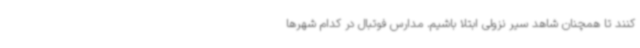
کنند تا همچنان شاهد سیر نزولی ابتلا باشیم. مدارس فوتبال در کدام شهرها